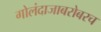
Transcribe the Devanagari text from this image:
गोलंदाजाबरोबरच